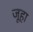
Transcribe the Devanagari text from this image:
जूहा